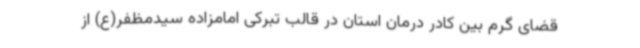
قضای گرم بین کادر درمان استان در قالب تبرکی امامزاده سیدمظفر(ع) از